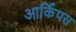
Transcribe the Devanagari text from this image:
आर्किपस